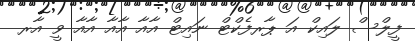
ފީލްސް ލައިކް އަ ޕާރފެކްޓް ނައިޓް އާއާ އާއާ އާއާ ވީ އާރ